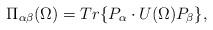
LaTeX: \begin{align*}\Pi_{\alpha\beta}(\Omega)=Tr\{P_\alpha\cdot U(\Omega)P_\beta\},\end{align*}